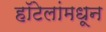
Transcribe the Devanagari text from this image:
हॉटेलांमधून